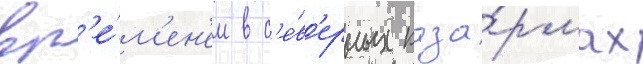
вр'е́м'ен'ем в с'е́в'ерных каза́рмах